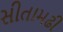
સીતામઢી